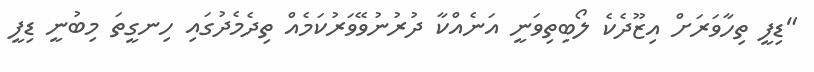
"ޑިފީ ތިހާވަރަށް އިޒޫދެކެ ލޯބިތިވަނީ އަނެއްކާ ދުރުނުވޭވަރުކަމެއް ތިދެމެދުގައި ހިނގީތަ މިބުނީ ޑިފީ